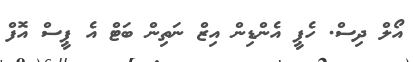
އޯލް ދިސް. ހެޕީ އެންޑިން އިޒް ނަތިން ބަޓް އެ ޕީސް އޮފް